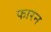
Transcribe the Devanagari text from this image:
फारन